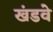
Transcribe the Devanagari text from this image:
खंडवे